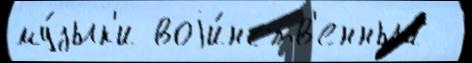
му́зык'и воjи́нств'енный